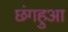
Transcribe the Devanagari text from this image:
छंगहुआ